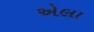
એલા